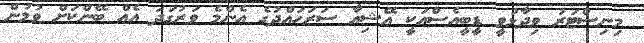
މިނިސްޓަރު ވިދާޅުވީ ޑީބީއެސްއަކީ އޭޝިއާ ސަރަހައްދުގެ އެންމެ ވަރުގަދަ އެއް ބޭންކަށް ވުމުން